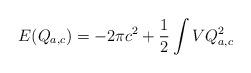
LaTeX: \begin{align*}E(Q_{a,c}) = -2\pi c^2 + \frac12 \int VQ_{a,c}^2\end{align*}